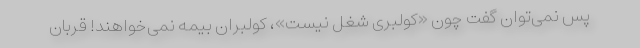
پس نمی‌توان گفت چون «کولبری شغل نیست»، کولبران بیمه نمی‌خواهند! قربان